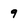
Character: 9